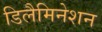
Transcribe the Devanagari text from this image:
डिलैमिनेशन